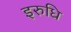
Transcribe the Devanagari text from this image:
इरुधि